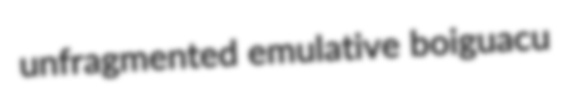
unfragmented emulative boiguacu